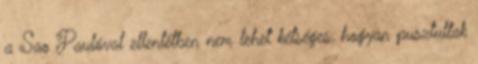
a Sao Paulóval ellentétben nem lehet kétséges, hogyan pusztultak